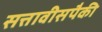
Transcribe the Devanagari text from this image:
सत्तावीसपैकी